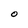
Character: O